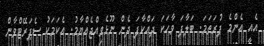
އެއީ އެންމެ ފުރަތަމަ. ބަލާފަ ވާހަކަ ދައްކާފަ ދެން ނޫޅެވިއްޖެއްޔާމު. އެކަމަކު ސެޕަރޭޓްވާން